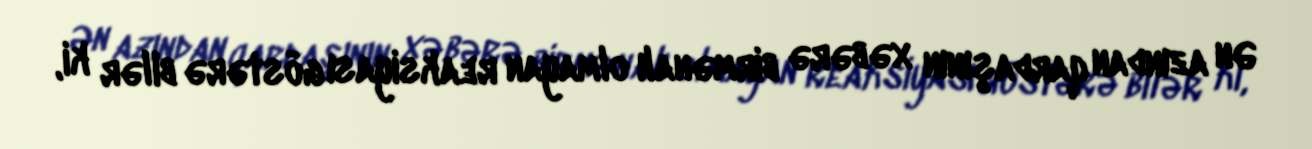
Ən azından qardaşının xəbərə birmənalı olmayan reaksiyası göstərə bilər ki,